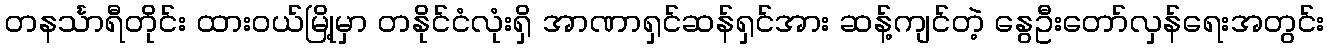
တနင်္သာရီတိုင်း ထားဝယ်မြို့မှာ တနိုင်ငံလုံးရှိ အာဏာရှင်ဆန်ရှင်အား ဆန့်ကျင်တဲ့ နွေဦးတော်လှန်ရေးအတွင်း